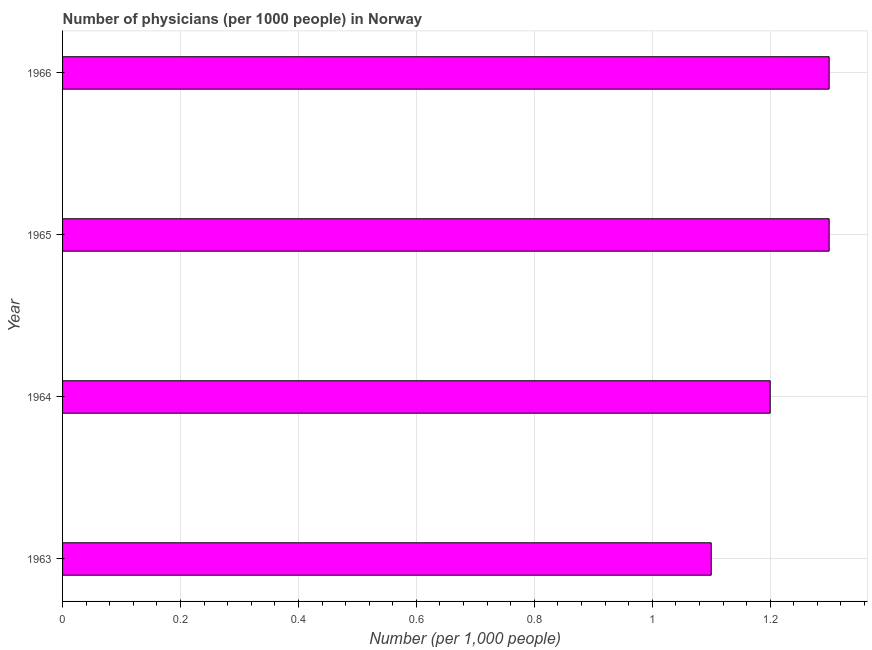
| Year | Physicians |
 | --- | --- |
 | 1963 | 1.1 |
 | 1964 | 1.2 |
 | 1965 | 1.3 |
 | 1966 | 1.3 |